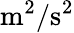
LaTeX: \mathrm{{m}^{2}/\mathrm{{s}^{2}}}